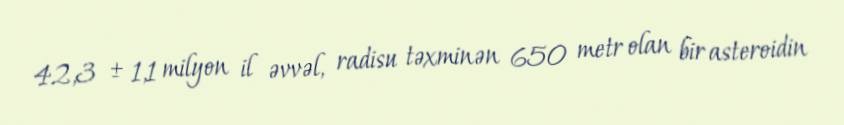
42,3 ± 1,1 milyon il əvvəl, radisu təxminən 650 metr olan bir asteroidin